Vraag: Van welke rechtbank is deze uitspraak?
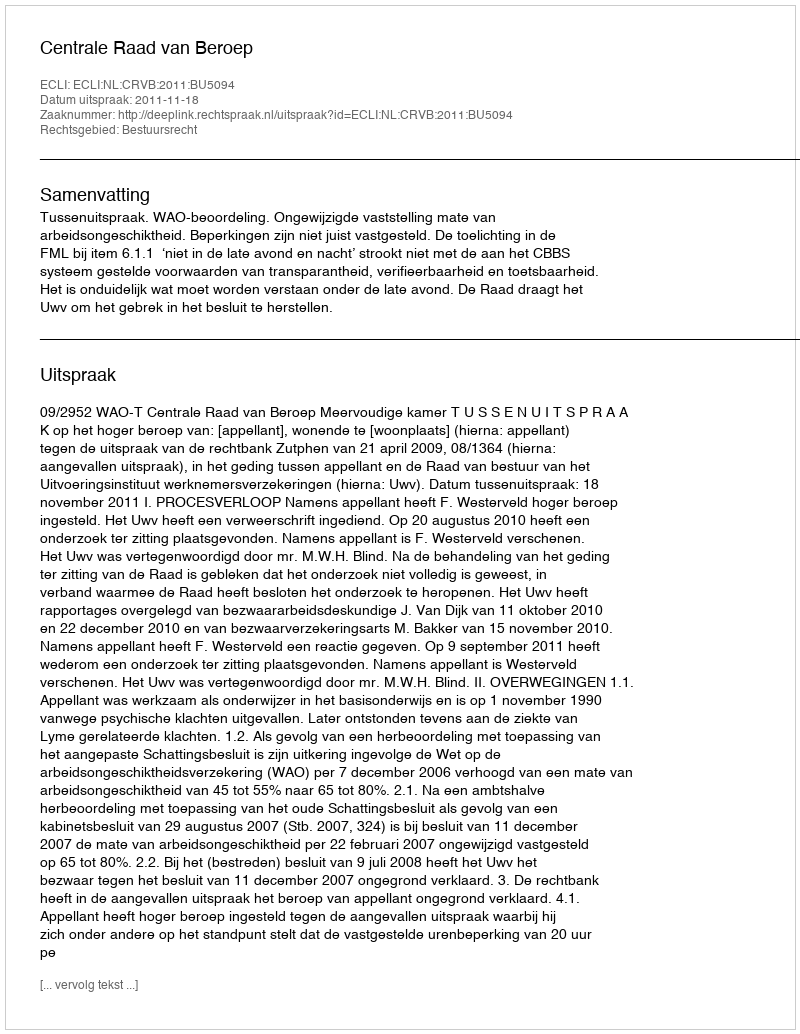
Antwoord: Centrale Raad van Beroep